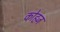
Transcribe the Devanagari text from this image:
कोहज